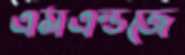
এমএন্ডজে